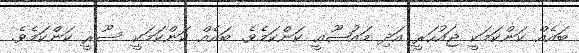
ބައެއް ކަންކަމަކީ ޖައުހަރީ އަދި މައުޟޫޢީ ކަންކަމެވެ. ބައެއް ކަންކަމަކީ ސޫރީ ކަންކަމެވެ.